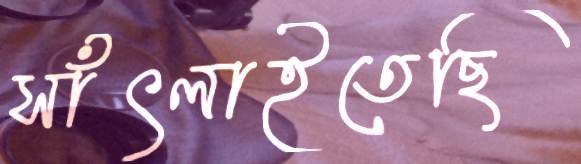
সাঁৎলাইতেছি